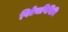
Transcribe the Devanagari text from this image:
पिऐचपिबिबि